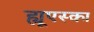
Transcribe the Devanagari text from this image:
ह्यूएस्का